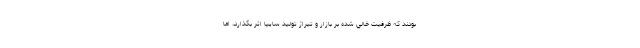
بودند كه ظرفيت خالي شده بر بازار و تیراژ تولید سایپا اثر بگذارد، اما